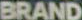
BRAND